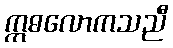
ဣဓလောကသညီ